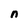
Character: n